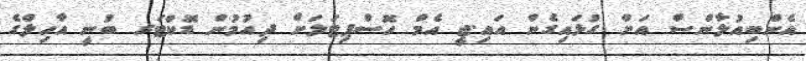
އެންބިއުލާންސް އަށް ގުޅައިގެން އައި.ޖީ އެމް ހޮސްޕިޓަލަށް ދިއުމުން ޑޮކްޓަރ ބުނީ އާހިލްގެ